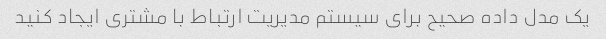
یک مدل داده صحیح برای سیستم مدیریت ارتباط با مشتری ایجاد کنید